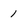
Character: 1